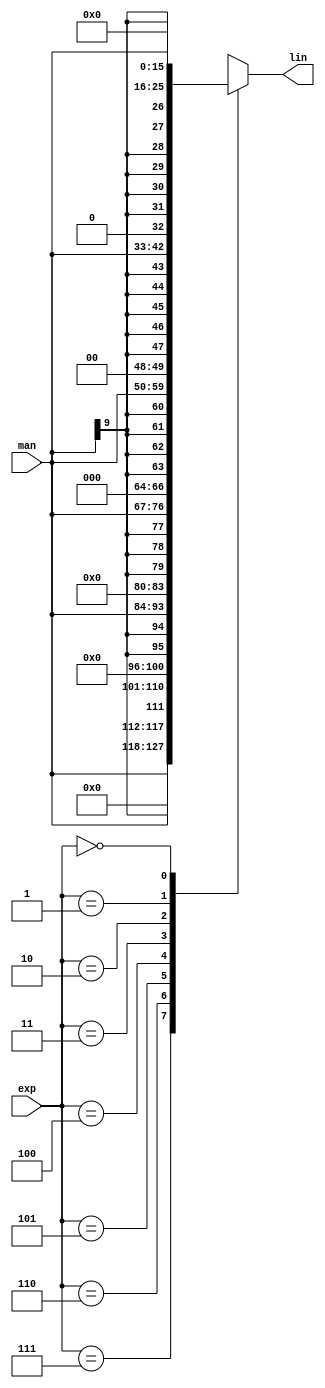
module jt51_exp2lin(
  output	reg signed 	[15:0] 	lin,
  input 		signed	[9:0] 	man,
  input			[2:0] 	exp
);
always @(*) begin
	case( exp )
		3'd7: lin = { man, 6'b0 };
		3'd6: lin = { {1{man[9]}}, man, 5'b0 };
		3'd5: lin = { {2{man[9]}}, man, 4'b0 };
		3'd4: lin = { {3{man[9]}}, man, 3'b0 };
		3'd3: lin = { {4{man[9]}}, man, 2'b0 };
		3'd2: lin = { {5{man[9]}}, man, 1'b0 };
		3'd1: lin = { {6{man[9]}}, man };
		3'd0: lin = 16'd0;		
	endcase	
end
endmodule